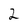
Character: 2